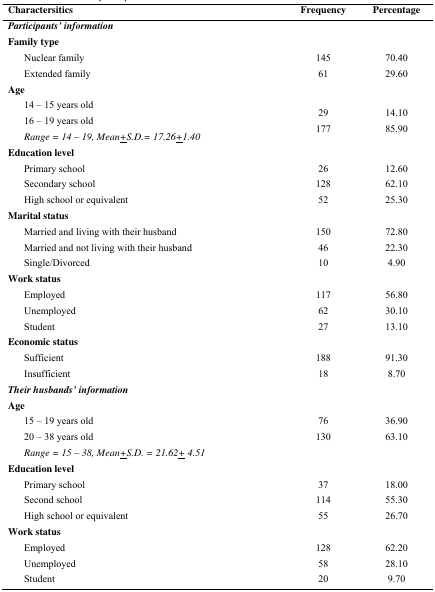
<table><thead><tr><td><b>Charactersitics</b></td><td><b>Frequency</b></td><td><b>Percentage</b></td></tr></thead><tbody><tr><td><b><i>Participants’ information</i></b></td><td></td><td></td></tr><tr><td><b>Family type</b></td><td></td><td></td></tr><tr><td> Nuclear family</td><td>145</td><td>70.40</td></tr><tr><td> Extended family</td><td>61</td><td>29.60</td></tr><tr><td><b>Age</b></td><td></td><td></td></tr><tr><td> 14 – 15 years old</td><td>29</td><td>14.10</td></tr><tr><td> 16 – 19 years old</td><td>177</td><td>85.90</td></tr><tr><td> <i>Range = 14 – 19, Mean±S.D.= 17.26±1.40</i></td><td></td><td></td></tr><tr><td><b>Education level</b></td><td></td><td></td></tr><tr><td> Primary school</td><td>26</td><td>12.60</td></tr><tr><td> Secondary school</td><td>128</td><td>62.10</td></tr><tr><td> High school or equivalent</td><td>52</td><td>25.30</td></tr><tr><td><b>Marital status</b></td><td></td><td></td></tr><tr><td> Married and living with their husband</td><td>150</td><td>72.80</td></tr><tr><td> Married and not living with their husband</td><td>46</td><td>22.30</td></tr><tr><td> Single/Divorced</td><td>10</td><td>4.90</td></tr><tr><td><b>Work status</b></td><td></td><td></td></tr><tr><td> Employed</td><td>117</td><td>56.80</td></tr><tr><td> Unemployed</td><td>62</td><td>30.10</td></tr><tr><td> Student</td><td>27</td><td>13.10</td></tr><tr><td><b>Economic status</b></td><td></td><td></td></tr><tr><td> Sufficient</td><td>188</td><td>91.30</td></tr><tr><td> Insufficient</td><td>18</td><td>8.70</td></tr><tr><td><b><i>Their husbands’ information</i></b></td><td></td><td></td></tr><tr><td><b>Age</b></td><td></td><td></td></tr><tr><td> 15 – 19 years old</td><td>76</td><td>36.90</td></tr><tr><td> 20 – 38 years old</td><td>130</td><td>63.10</td></tr><tr><td> <i>Range = 15 – 38, Mean±S.D. = 21.62±4.51</i></td><td></td><td></td></tr><tr><td><b>Education level</b></td><td></td><td></td></tr><tr><td> Primary school</td><td>37</td><td>18.00</td></tr><tr><td> Second school</td><td>114</td><td>55.30</td></tr><tr><td> High school or equivalent</td><td>55</td><td>26.70</td></tr><tr><td><b>Work status</b></td><td></td><td></td></tr><tr><td> Employed</td><td>128</td><td>62.20</td></tr><tr><td> Unemployed</td><td>58</td><td>28.10</td></tr><tr><td> Student</td><td>20</td><td>9.70</td></tr></tbody></table>